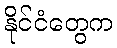
နိုင်ငံတွေက